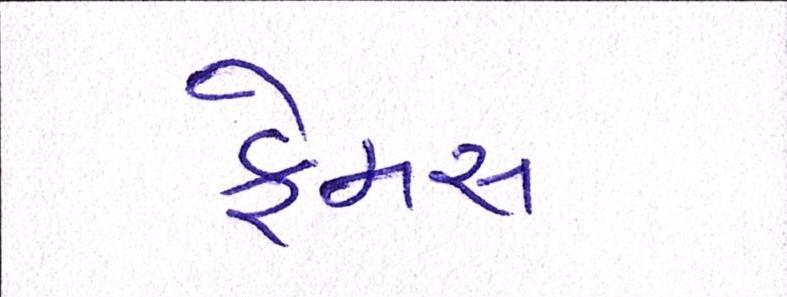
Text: ફેમસ